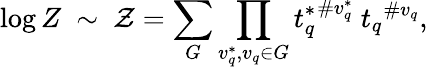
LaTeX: \log Z~\sim~{\cal Z}=\sum_{G}\prod_{v_{q}^{*},v_{q}\in G}{t_{q}^{*}}^{\# v_{q}^{*}}\ {t_{q}}^{\# v_{q}},